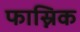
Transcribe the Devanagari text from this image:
फास्निक